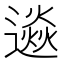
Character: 𨗄